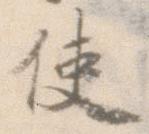
使